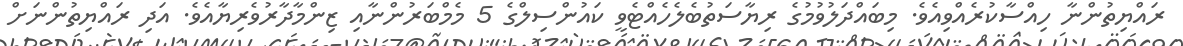
ރައްޔިތުންނާ ހިއްސާކުރެއްވިއެވެ. މިބައްދަލުވުމުގެ ރިޔާސަތުބެލެހެއްޓެވީ ކައުންސިލްގެ 5 މެމްބަރުންނާއި ޒިންމާދާރުވެރިޔާއެވެ. އަދި ރައްޔިތުންނަށް